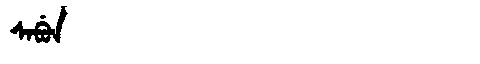
Manchu: ᠰᠠᠪᡠᠨ
Romanization: SABUN